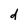
Character: d